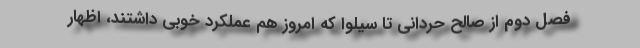
فصل دوم از صالح حردانی تا سیلوا که امروز هم عملکرد خوبی داشتند، اظهار